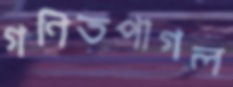
গণিতপাগল